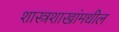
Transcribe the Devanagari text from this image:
शास्त्रशाखांमधील